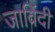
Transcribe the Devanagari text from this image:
जाविंदी